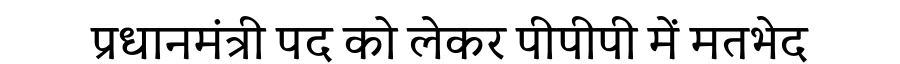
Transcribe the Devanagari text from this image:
प्रधानमंत्री पद को लेकर पीपीपी में मतभेद